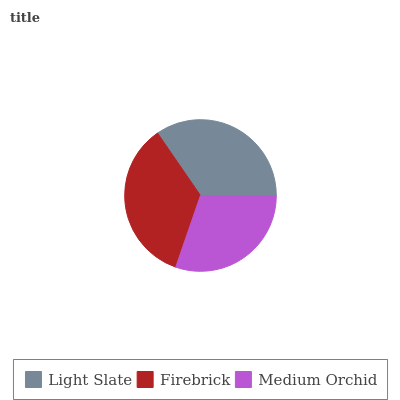
| Light Slate | Firebrick | Medium Orchid |
 | --- | --- | --- |
 | 34.6% | 35.2% | 30.3% |